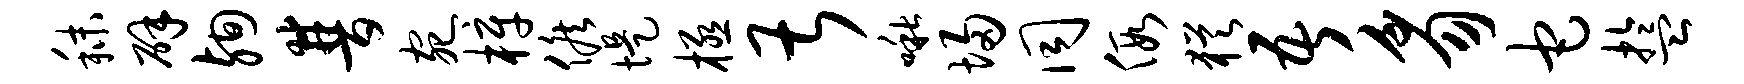
秣辟殉普宛梓候堤极甚啾埽同假犹吾豸它盂